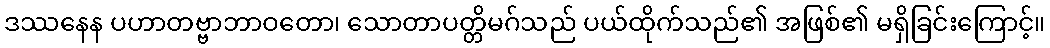
ဒဿနေန ပဟာတဗ္ဗာဘာဝတော၊ သောတာပတ္တိမဂ်သည် ပယ်ထိုက်သည်၏ အဖြစ်၏ မရှိခြင်းကြောင့်။